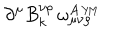
LaTeX: \partial ^ { \mu } B _ { k } ^ { \nu \rho } \, \omega _ { \mu \nu \rho } ^ { A \, \scriptscriptstyle { Y \! M } }